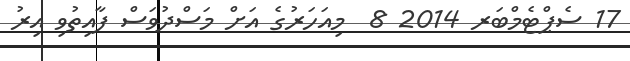
17 ސެޕްޓެމްބަރ 2014 8  މިއަހަރުގެ އަށް މަސްދުވަސް ފާއިތުވި އިރު